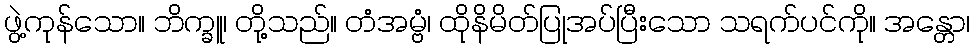
ဖွဲ့ကုန်သော။ ဘိက္ခူ၊ တို့သည်။ တံအမ္ဗံ၊ ထိုနိမိတ်ပြုအပ်ပြီးသော သရက်ပင်ကို။ အန္တော၊